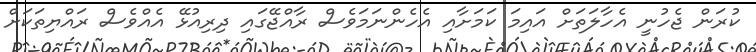
ކުރަން ޖެހުނީ އެހާލަތަށް އައިމަ ކަމަށާއި އެހެންނަމަވެސް ރާއްޖޭގައި ދިރިއުޅޭ އެއްވެސް ރައްޔިތަކަށް